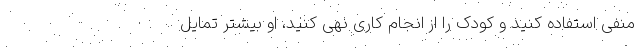
منفی استفاده کنید و کودک را از انجام کاری نهی کنید، او بیشتر تمایل